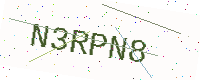
Text: N3RPN8